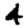
Digit: 4